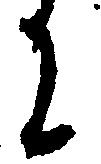
に